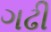
ગઢી